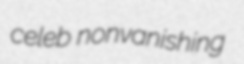
celeb nonvanishing